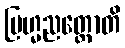
ဗြဟ္မညတ္ထောတိ